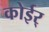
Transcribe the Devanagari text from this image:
कोईर्